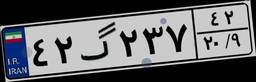
۴۲گ۲۳۷۴۲